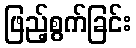
ဖြည့်စွက်ခြင်း